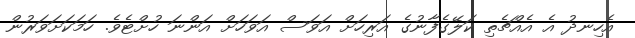
އެހިނދު އެ އެއްޗެތި ކަލޭގެފާނުގެ އަރިހަށް އަވަސް އަވަހަށް އަންނަ ހުށްޓެވެ. ހަމަކަށަވަރުން